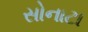
સોનાટા